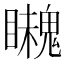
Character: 𩴈